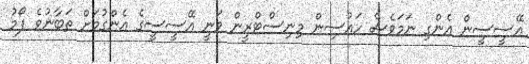
އޭސީސީން އެންގި ނަމަވެސް ހައުސިން މިނިސްޓްރީން ވަނީ އޭސީސީގެ އެންގުމަށް ތަބާނުވެ ފޯމު